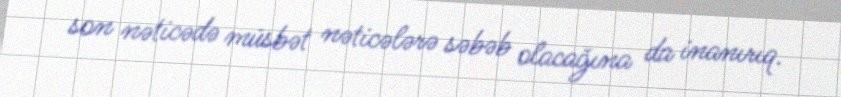
son nəticədə müsbət nəticələrə səbəb olacağına da inanırıq.